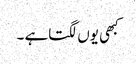
کبھی یوں لگتاہے ۔